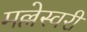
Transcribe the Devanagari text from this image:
मल्लेस्वरी